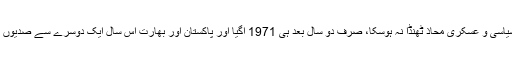
جانسن چلے گئے لیکن سیاسی و عسکری محاذ ٹھنڈا نہ ہوسکا، صرف دو سال بعد ہی 1971 آگیا اور پاکستان اور بھارت اس سال ایک دوسرے سے صدیوں کی دوری پر چلے گئے۔